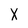
Character: X